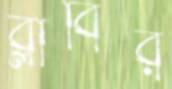
ব্লাবির